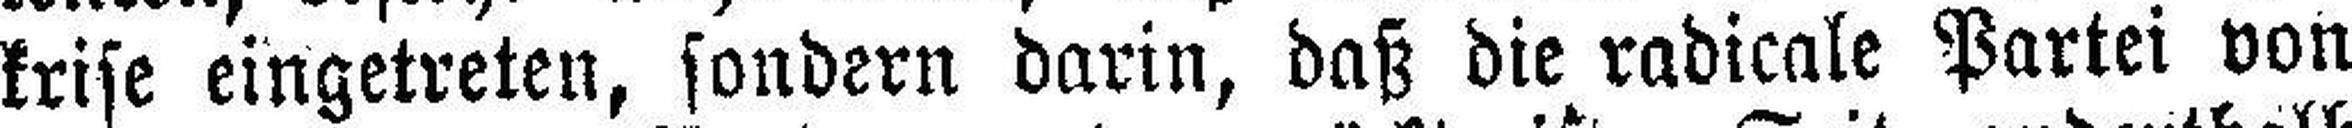
krise eingetreten, sondern darin, daß die radicale Partei von